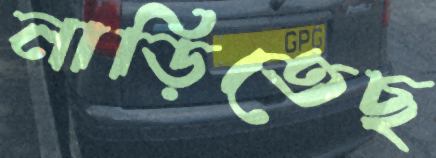
নাড়িতেছ